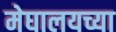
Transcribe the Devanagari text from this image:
मेघालयच्या